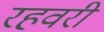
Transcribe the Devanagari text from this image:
रहवरी